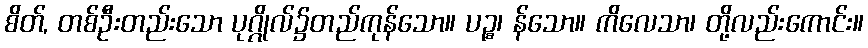
စိတ်, တစ်ဦးတည်းသော ပုဂ္ဂိုလ်၌တည်ကုန်သော။ ပဉ္စ၊ န်သော။ ကိလေသာ၊ တို့လည်းကောင်း။